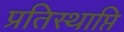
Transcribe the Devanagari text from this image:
प्रतिस्थाप्ति